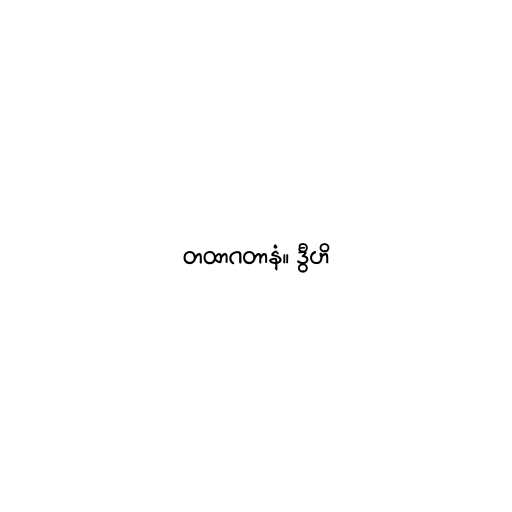
တထာဂတာနံ။ ဒွီဟိ